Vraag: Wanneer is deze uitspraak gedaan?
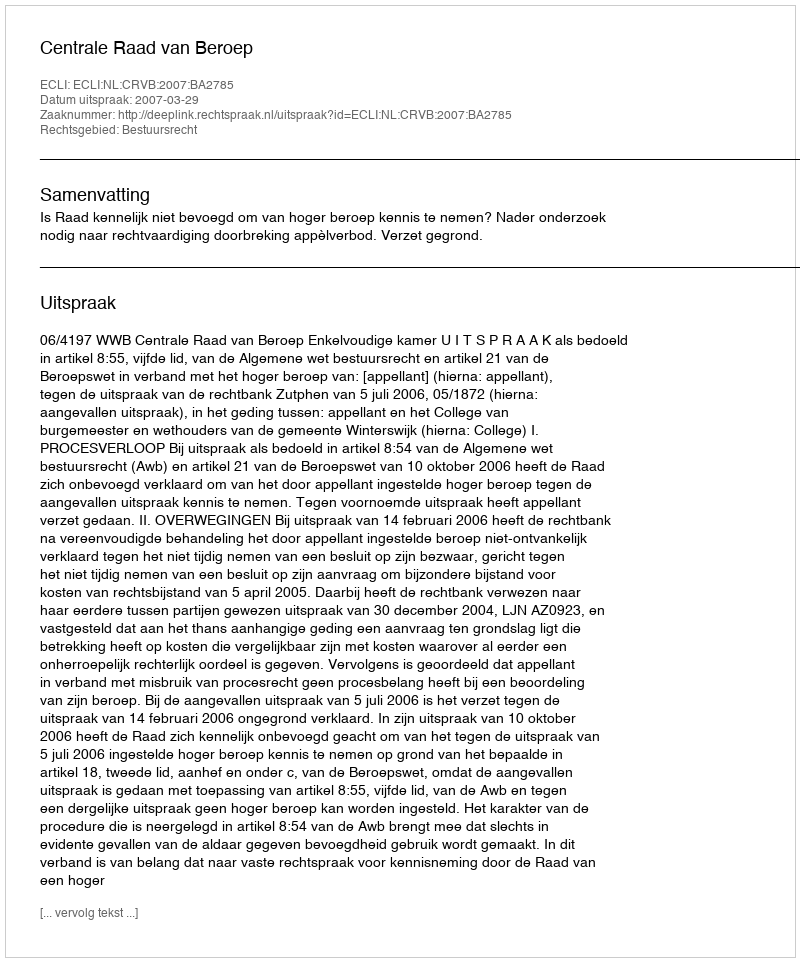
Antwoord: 2007-03-29